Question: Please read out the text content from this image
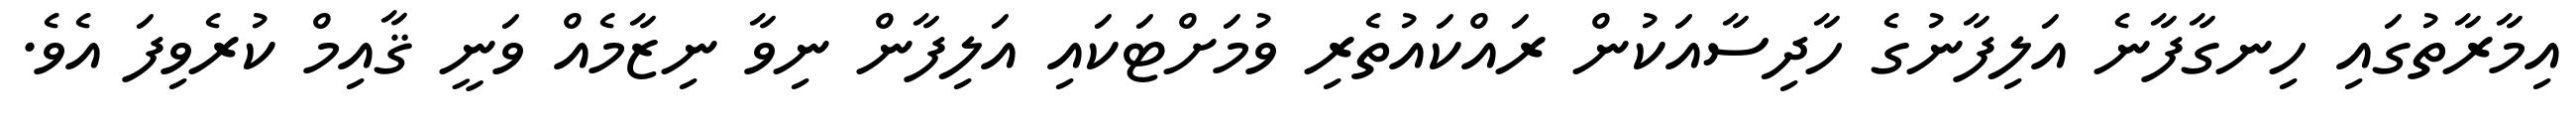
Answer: އިމާރާތުގައި ހިނގާފާނެ އަލިފާނުގެ ހާދިސާއަކުން ރައްކައުތެރި ވުމަށްޓަކައި އަލިފާން ނިވާ ނިޒާމެއް ވަނީ ޤާއިމް ކުރެވިފަ އެވެ.